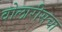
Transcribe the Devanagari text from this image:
वोलारीसचा